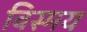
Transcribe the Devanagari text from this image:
विस्‍मय